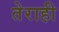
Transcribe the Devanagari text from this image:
तेराही